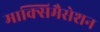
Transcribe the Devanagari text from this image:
माक्सिमैसेशन